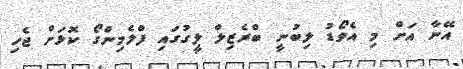
އޭނާ އަށް މި އެވޯޑު ލިބުނީ ބްރެޒިލް ލީގުގައި ފްލެމިންގޯ ކޮޅަށް ޖެހި